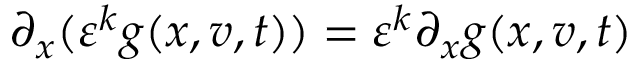
\partial _ { x } ( \varepsilon ^ { k } g ( x , v , t ) ) = \varepsilon ^ { k } \partial _ { x } g ( x , v , t )